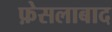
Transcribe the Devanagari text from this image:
फ़ेसलाबाद